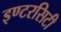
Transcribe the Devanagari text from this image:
इण्टरसिटी